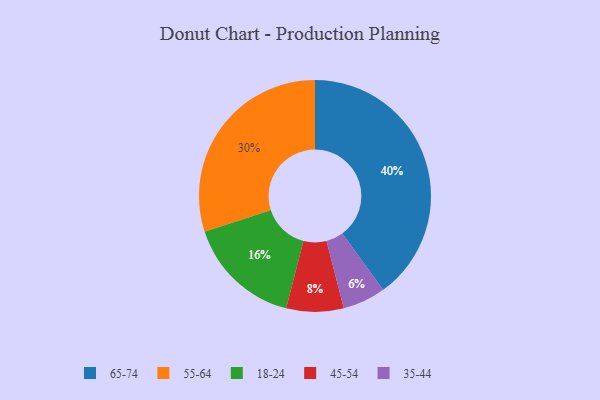
{"axis": {"x": "Category", "y": "Percentage"}, "legend": ["18-24", "35-44", "45-54", "55-64", "65-74"], "data": [{"x": "45-54", "y": 8, "type": "45-54"}, {"x": "35-44", "y": 6, "type": "35-44"}, {"x": "65-74", "y": 40, "type": "65-74"}, {"x": "18-24", "y": 16, "type": "18-24"}, {"x": "55-64", "y": 30, "type": "55-64"}]}